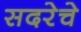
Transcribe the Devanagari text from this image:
सदरेचे